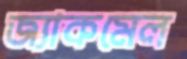
জ্যাকমেল